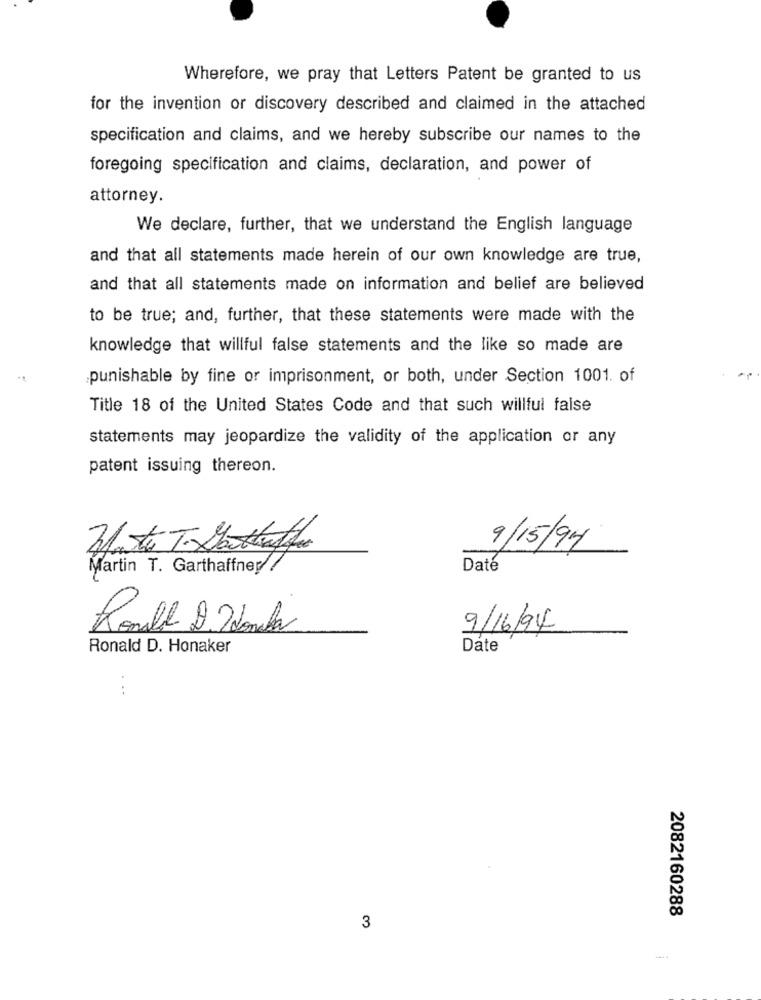
Wherefore, we pray that Letters Patent be granted to us
for the invention or discovery described and claimed in the attached
specification and claims, and we hereby subscribe our names to the
foregoing specification and claims, declaration, and power of
attorney.
We declare, further, that we understand the English language
and that all statements made herein of our own knowledge are true,
and that all statements made on information and belief are believed
to be true; and, further, that these statements were made with the
knowledge that willful false statements and the like so made are
punishable by fine or imprisonment, or both, under Section 1001. of
Title 18 of the United States Code and that such willful false
statements may jeopardize the validity of the application or any
patent issuing thereon.
9/15/94
Martin T. Garthaffner
Daté
Ronal D.Idonada
9/16/94
Ronald D. Honaker
Date
2082160288
3